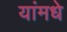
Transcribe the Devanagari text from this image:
यांमधे